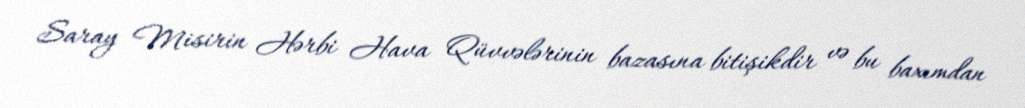
Saray Misirin Hərbi Hava Qüvvələrinin bazasına bitişikdir və bu baxımdan